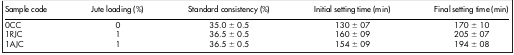
<table><thead><tr><td><b>Sample code</b></td><td><b>Jute loading (%)</b></td><td><b>Standard consistency (%)</b></td><td><b>Initial setting time (min)</b></td><td><b>Final setting time (min)</b></td></tr></thead><tbody><tr><td>0CC</td><td>0</td><td>35.0 ± 0.5</td><td>130 ± 07</td><td>170 ± 10</td></tr><tr><td>1RJC</td><td>1</td><td>36.5 ± 0.5</td><td>160 ± 09</td><td>205 ± 07</td></tr><tr><td>1AJC</td><td>1</td><td>36.5 ± 0.5</td><td>154 ± 09</td><td>194 ± 08</td></tr></tbody></table>